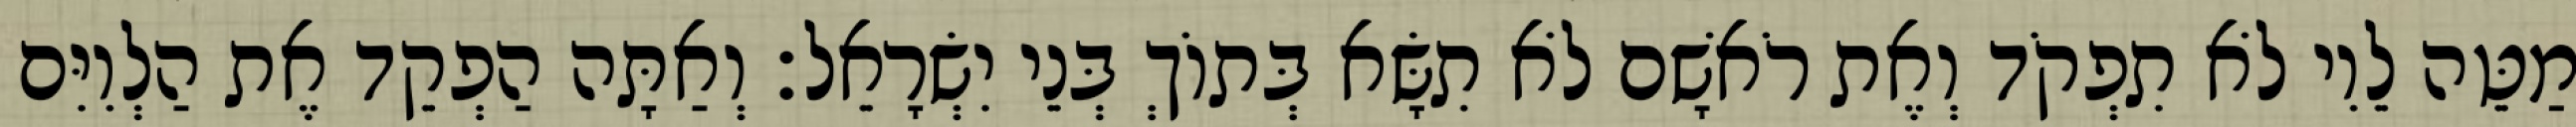
מַטֵּה לֵוִי לֹא תִפְקֹד וְאֶת רֹאשָׁם לֹא תִשָּׂא בְּתוֹךְ בְּנֵי יִשְׂרָאֵל׃ וְאַתָּה הַפְקֵד אֶת הַלְוִיִּם